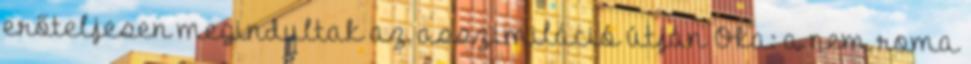
erőteljesen megindultak az asszimiláció útján Oka: a nem roma